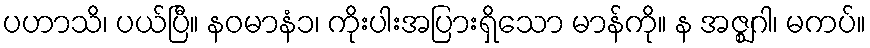
ပဟာသိ၊ ပယ်ပြီ။ နဝမာနံ၁၊ ကိုးပါးအပြားရှိသော မာန်ကို။ န အဇ္ဈဂါ၊ မကပ်။